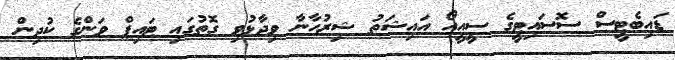
ޑައިބެޓީސް ސޮސައިޓީގެ ސީއީއޯ އައިޝަތު ޝިރުހާނާ ވިދާޅުވި ގޮތުގައި ޓައިޕް ވަންގެ ކުދިން